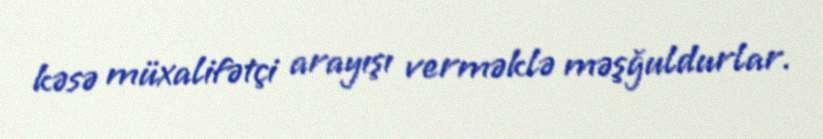
kəsə müxalifətçi arayışı verməklə məşğuldurlar.